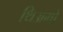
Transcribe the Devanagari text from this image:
थिअगो